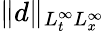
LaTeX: \| d\| _{L_{t}^{\infty}L_{x}^{\infty}}